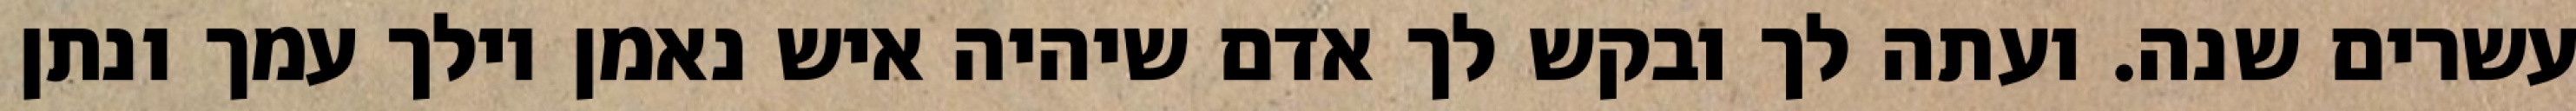
עשרים שנה. ועתה לך ובקש לך אדם שיהיה איש נאמן וילך עמך ונתן